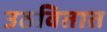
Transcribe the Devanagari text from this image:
उठवितात